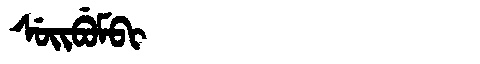
Manchu: ᠰᡠᡳᠪᡠᠮᠪᡳ
Romanization: SUIBUMBI